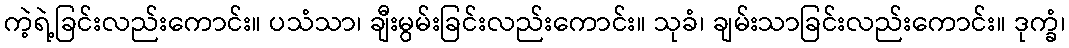
ကဲ့ရဲ့ခြင်းလည်းကောင်း။ ပသံသာ၊ ချီးမွမ်းခြင်းလည်းကောင်း။ သုခံ၊ ချမ်းသာခြင်းလည်းကောင်း။ ဒုက္ခံ၊